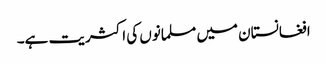
افغانستان میں مسلمانوں کی اکثریت ہے۔